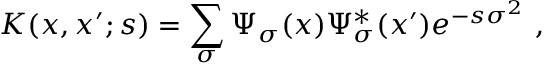
K ( x , x ^ { \prime } ; s ) = \sum _ { \sigma } \Psi _ { \sigma } ( x ) \Psi _ { \sigma } ^ { * } ( x ^ { \prime } ) e ^ { - s \sigma ^ { 2 } } \ ,